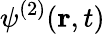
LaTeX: \psi^{(2)}(\mathbf{r},t)